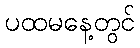
ပထမနေ့တွင်